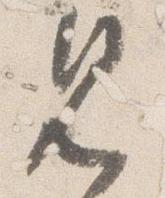
見